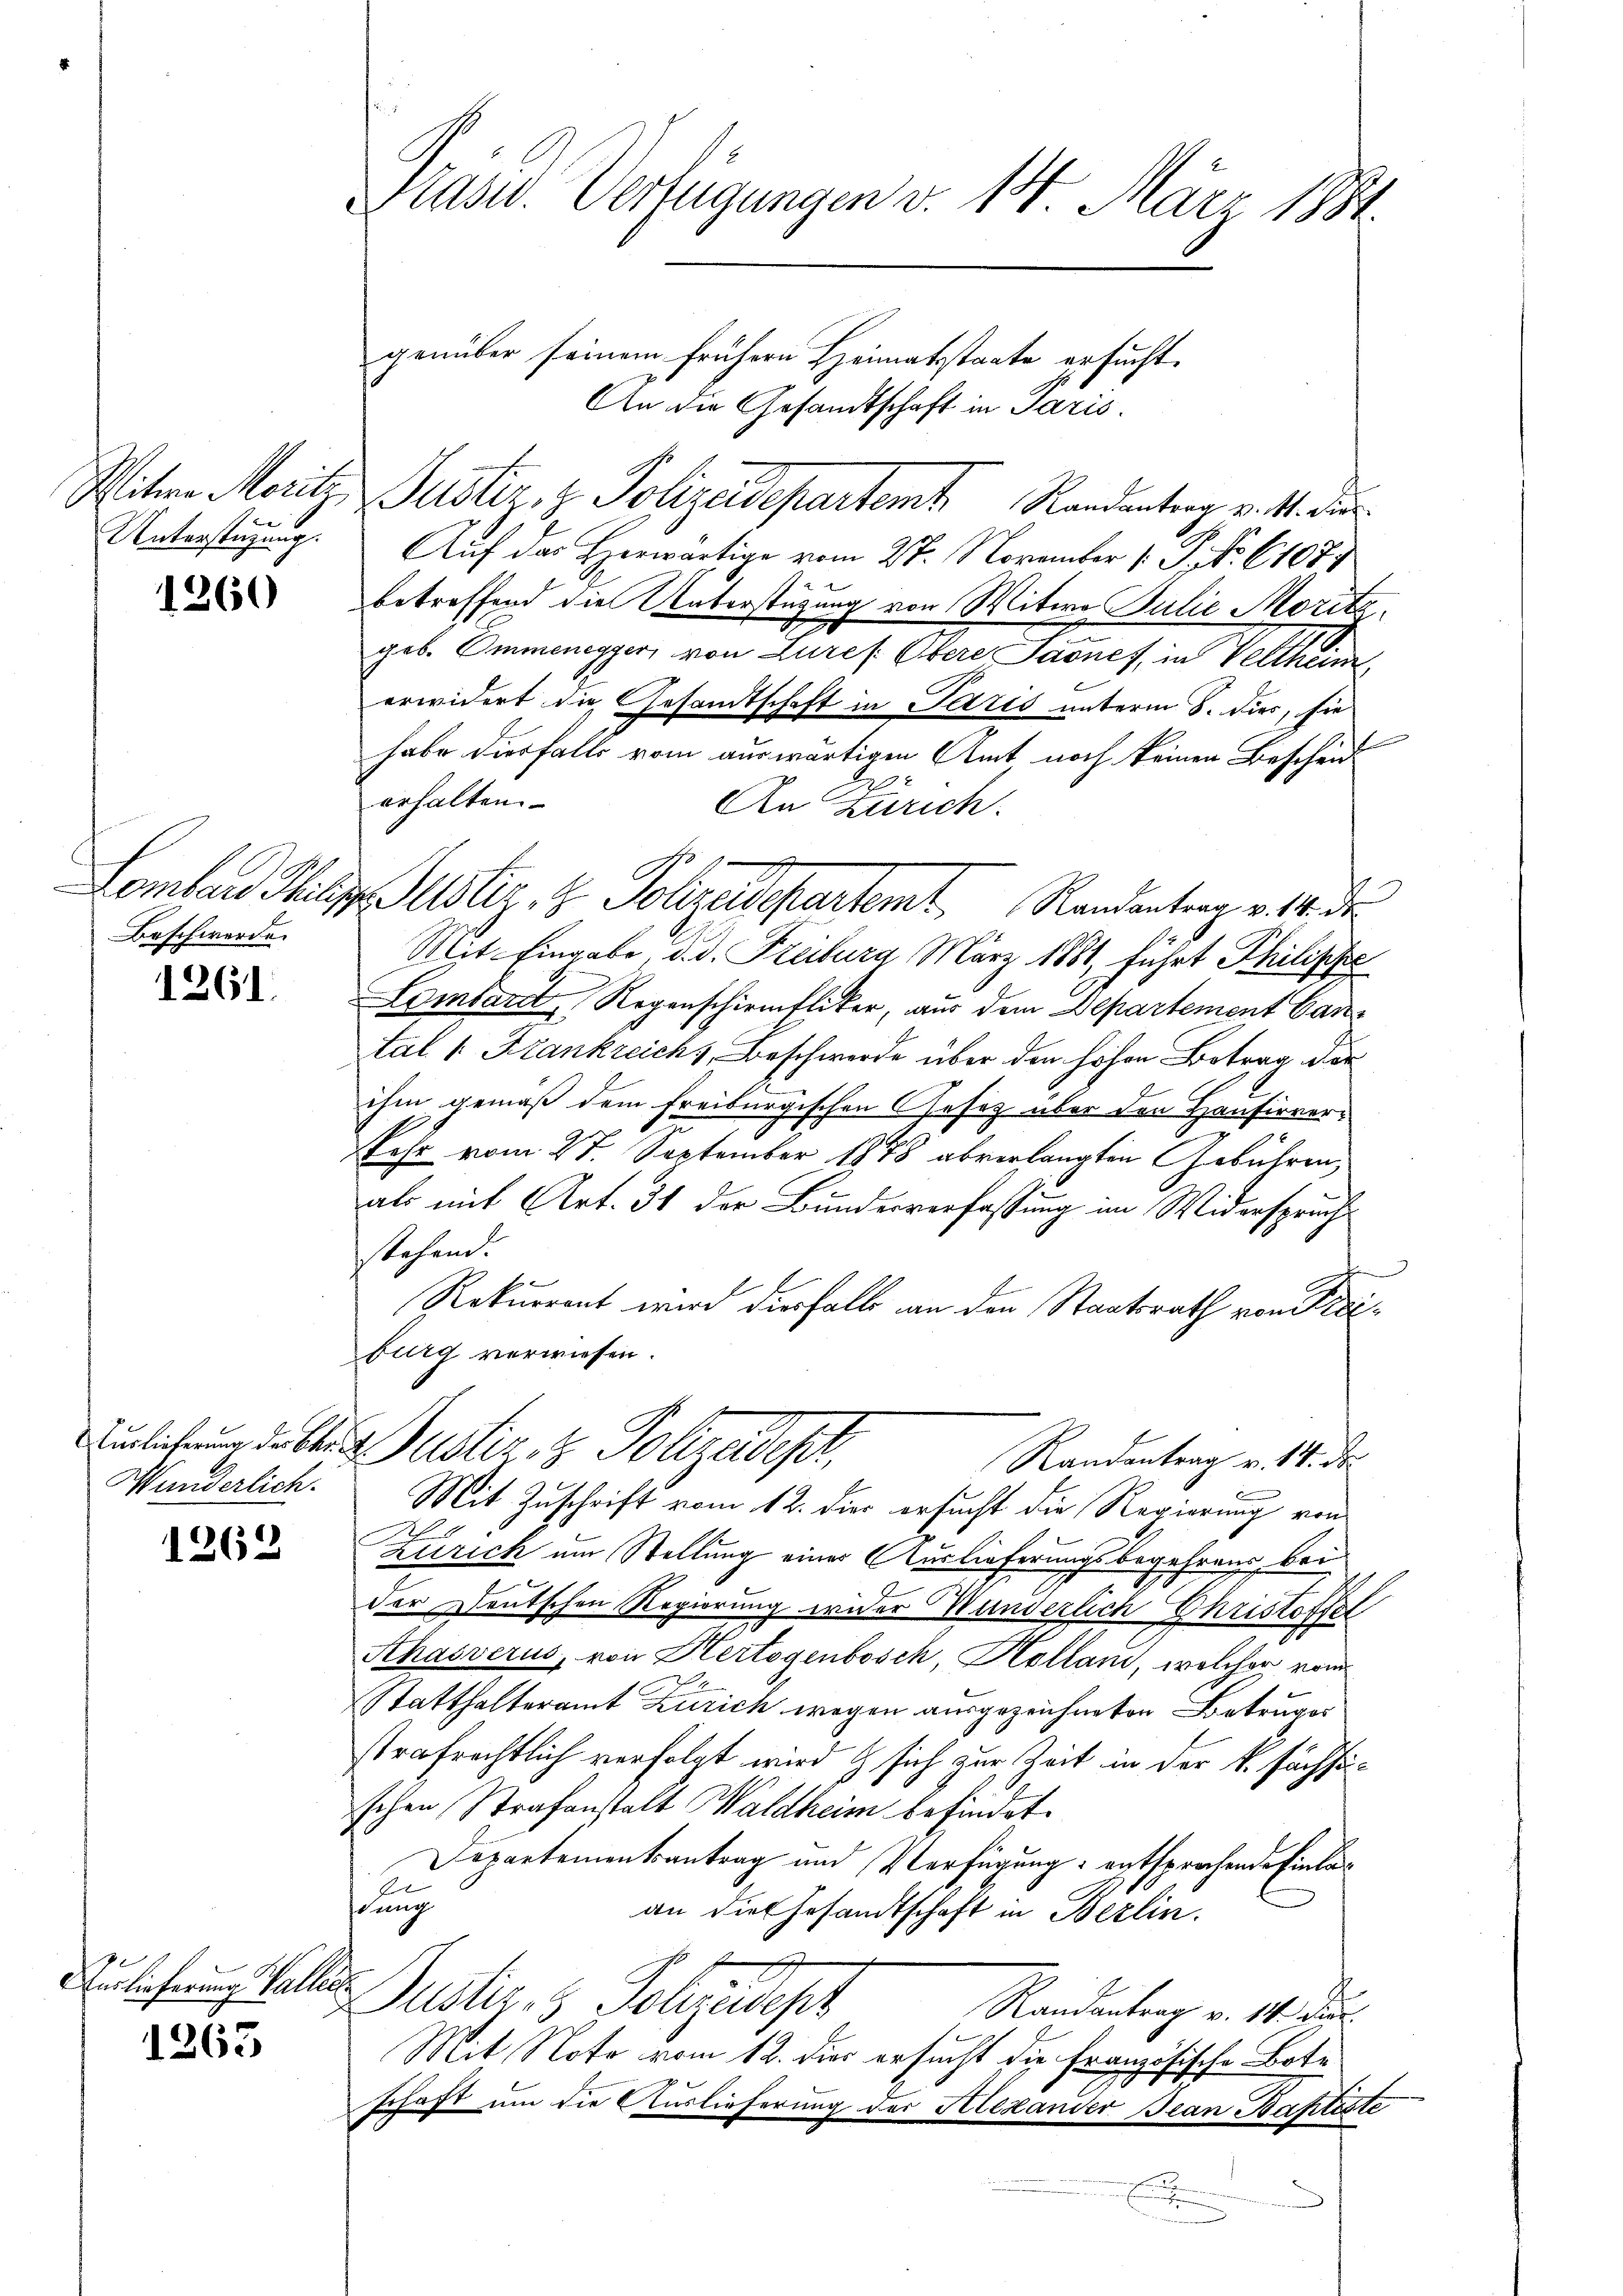
Unterstüzung.

1260

Beschwerde.

1261.

Auslieferung der Be¬
Wunderlich.

1262

7
Auslieferung alle

1263

Prand. Verfügungen v. 14. März 1884.
genüber seinem frühern Heimatsstaate ersucht.

Lomban Philip Justiz, z. Polizeidepartemt Randantrag v. 14. d.

Witwe Meritz Justiz & Polizeidepartem Randantrag v. M. die
Auf das Herwärtige vom 27. November (: P. No. 61077
betreffend die Unterstützung von Witwe Julie Moritz
geb. Ommenegger, von Lures Obere Jaonef, in Veltheim
erwidert die Gesandtschaft in Paris unterm 8. dies, sie
habe diesfalls vom auswärtigen Amt noch keinen Bescheid
erhalten.
An Zürich.
Mit Eingabe, d. d. Freiburg März 1881, führt Philische
Lombardt Regenschirmfliker, aus dem Departement Cantal 1. Frankreich & Beschwerde über den hohen Betrag der
ihm gemäß dem Freiburgischen Gesetz über den Hausirver¬
Sehr vom 27. September 1848 abverlangten Gebühren,
als mit Art. 31 der Bundesverfassung im Widerspruch
stehend.

Rekurrent wird derfalls an den Staatsrath von Freiburg verwiesen.
ustiz & Polizadepr
Randantrag v. 14. ds.
Mit Zuschrift vom 12. dies ersucht die Regierung von
J
Zürich um Stellung einer Auslieferungsbegehrend bei
der Deutschen Regierung wider Münderlich Christoffel
Schasserus, von Hertogenbosch, Holland, welcher von
Statthalteramt Zürich wegen ausgezeichneten Betruges
strafrechtlich verfolgt wird & sich zur Zeit in der k. Sächstschen Strafanstalt Waldheim befindet.
Departementsantrag und Verfügung entsprochende Einlaftung
an die Gesandtschaft in Berlin.
s
Justiz- & Sohzudehnt
Randantrag v. 14. Dur
Mit Note vom 12. dies ersucht die Französische Bote
schaft um die Auslieferung der Alexander Jean Baptiste
.

An die Gesandtschaft in Paris.